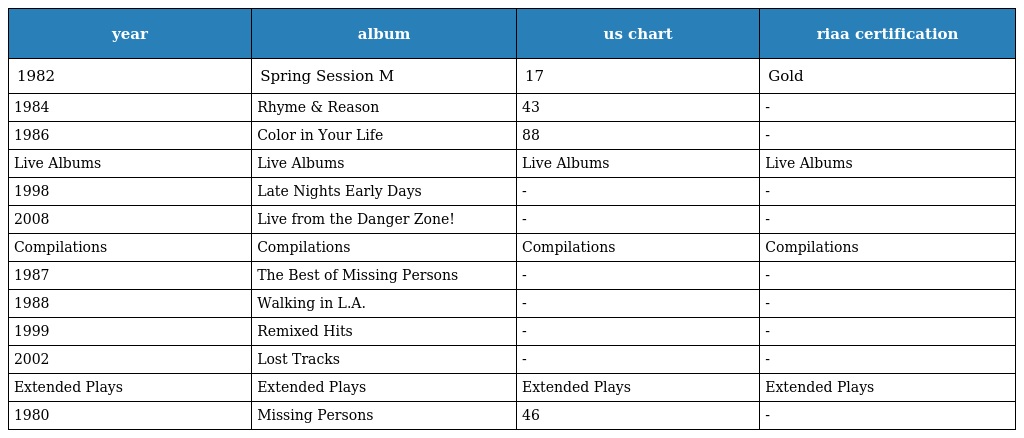
| year | album | us chart | riaa certification |
 | --- | --- | --- | --- |
 | 1982 | Spring Session M | 17 | Gold |
 | 1984 | Rhyme & Reason | 43 | - |
 | 1986 | Color in Your Life | 88 | - |
 | Live Albums | Live Albums | Live Albums | Live Albums |
 | 1998 | Late Nights Early Days | - | - |
 | 2008 | Live from the Danger Zone! | - | - |
 | Compilations | Compilations | Compilations | Compilations |
 | 1987 | The Best of Missing Persons | - | - |
 | 1988 | Walking in L.A. | - | - |
 | 1999 | Remixed Hits | - | - |
 | 2002 | Lost Tracks | - | - |
 | Extended Plays | Extended Plays | Extended Plays | Extended Plays |
 | 1980 | Missing Persons | 46 | - |